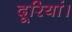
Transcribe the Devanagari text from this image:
दूरियां।